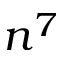
n ^ { 7 }